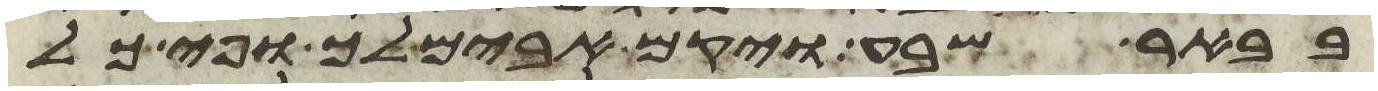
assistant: בבאר שבע ויקם אבימלך ופי כל